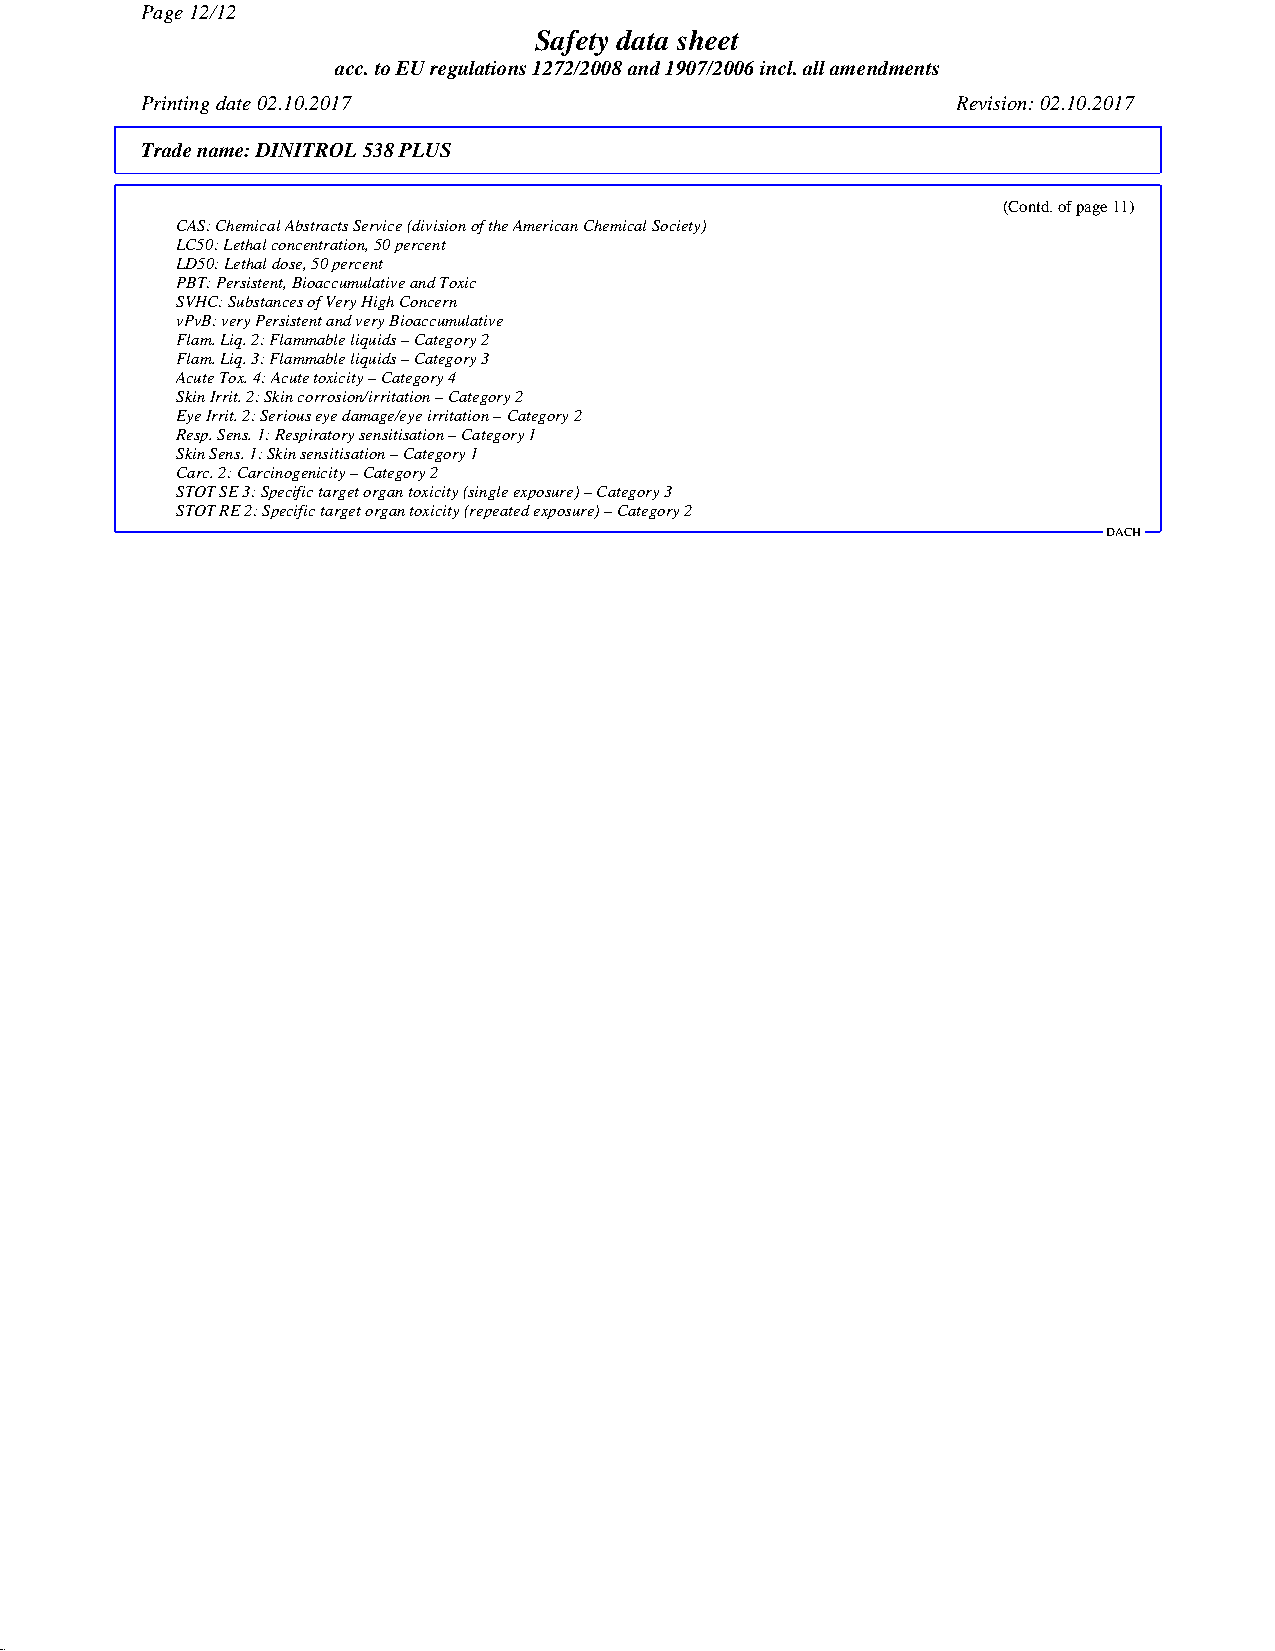
Page 12/12
 Safety data sheet
 acc. to EU regulations 1272/2008 and 1907/2006 incl. all amendments
 Printing date 02.10.2017                              Revision: 02.10.2017
 Trade name:DINITROL 538 PLUS
 (Contd. of page 11)
 CAS: Chemical Abstracts Service (division of the American Chemical Society)
 LC50: Lethal concentration, 50 percent
 LD50: Lethal dose, 50 percent
 PBT: Persistent, Bioaccumulative and Toxic
 SVHC: Substances of Very High Concern
 vPvB: very Persistent and very Bioaccumulative
 Flam. Liq. 2: Flammable liquids – Category 2
 Flam. Liq. 3: Flammable liquids – Category 3
 Acute Tox. 4: Acute toxicity – Category 4
 Skin Irrit. 2: Skin corrosion/irritation – Category 2
 Eye Irrit. 2: Serious eye damage/eye irritation – Category 2
 Resp. Sens. 1: Respiratory sensitisation – Category 1
 Skin Sens. 1: Skin sensitisation – Category 1
 Carc. 2: Carcinogenicity – Category 2
 STOT SE 3: Specific target organ toxicity (single exposure) – Category 3
 STOT RE 2: Specific target organ toxicity (repeated exposure) – Category 2
 DACH
 45.2.5